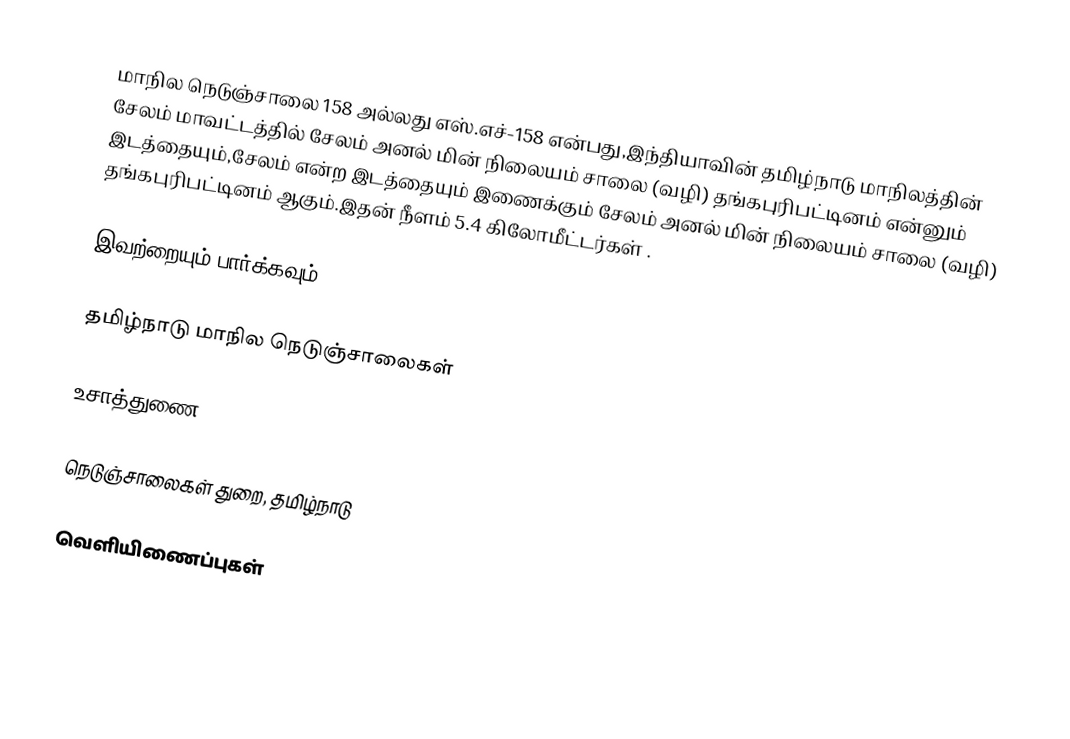
மாநில நெடுஞ்சாலை 158 அல்லது எஸ்.எச்-158  என்பது,இந்தியாவின் தமிழ்நாடு மாநிலத்தின்  சேலம் மாவட்டத்தில்  சேலம் அனல் மின் நிலையம் சாலை (வழி) தங்கபுரிபட்டினம்  என்னும் இடத்தையும்,சேலம்  என்ற இடத்தையும் இணைக்கும் சேலம் அனல் மின் நிலையம் சாலை (வழி) தங்கபுரிபட்டினம் ஆகும்.இதன் நீளம் 5.4  கிலோமீட்டர்கள் .

இவற்றையும் பார்க்கவும்

 தமிழ்நாடு மாநில நெடுஞ்சாலைகள்

உசாத்துணை

 நெடுஞ்சாலைகள் துறை, தமிழ்நாடு

வெளியிணைப்புகள்